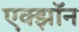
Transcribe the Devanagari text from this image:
एक्झॉन